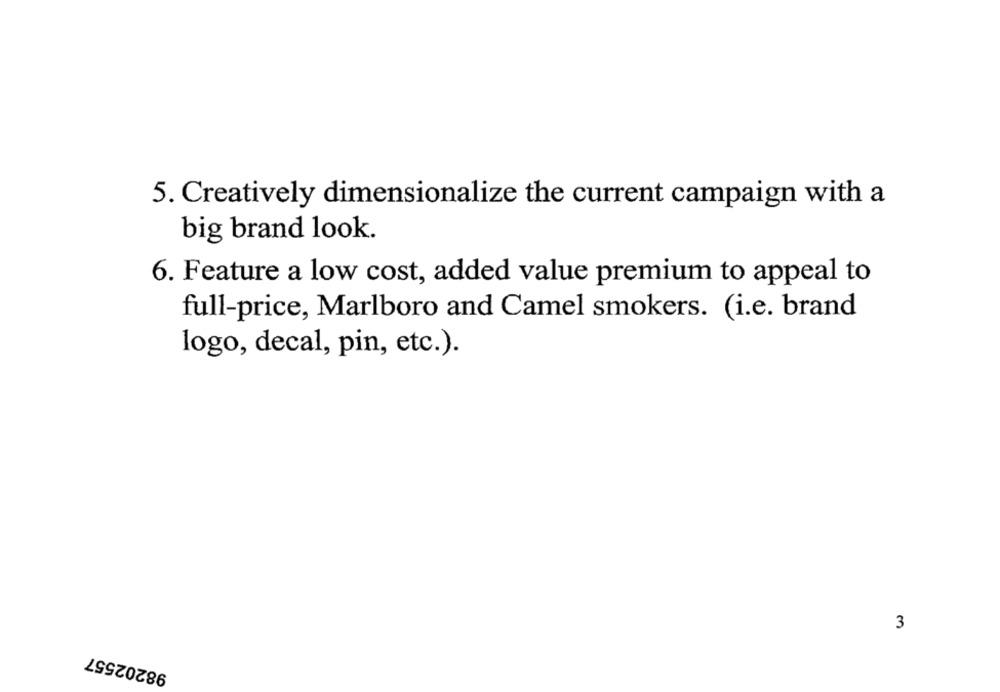
5. Creatively dimensionalize the current campaign with a
big brand look.
6. Feature a low cost, added value premium to appeal to
full-price, Marlboro and Camel smokers. (i.e. brand
logo, decal, pin, etc.).
3
98202557